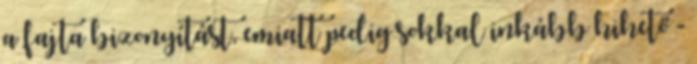
a fajta bizonyítást, emiatt pedig sokkal inkább hihető -